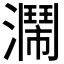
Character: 𤂗